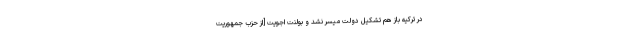
در تركیه باز هم تشكیل دولت میسر نشد و بولنت اجویت [از حزب جمهوریت